Civil Veterinary Dept. North-West Frontier Province 1901-22 - 1901-1922
Year: 1901
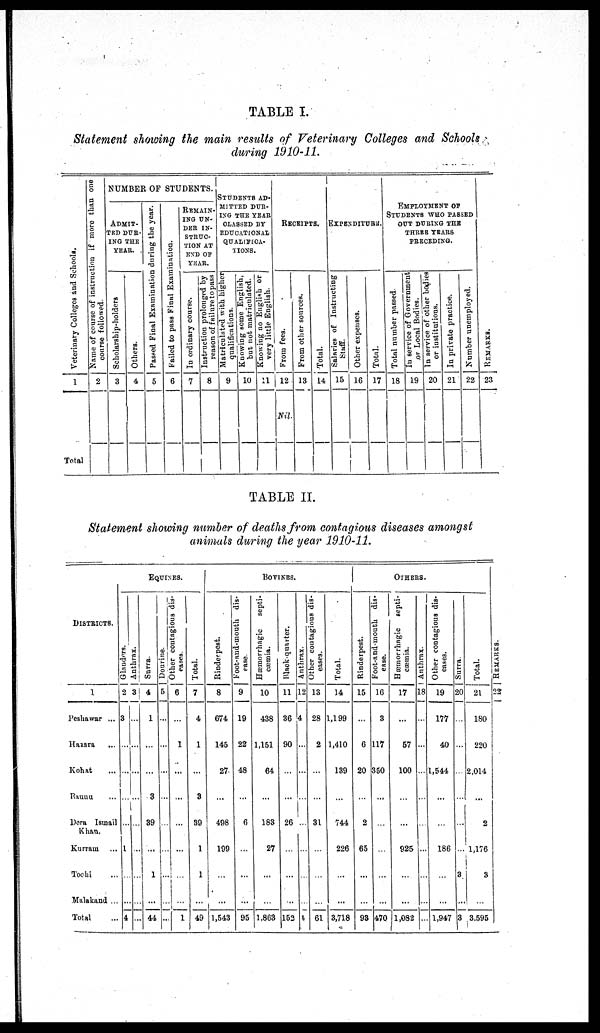
TABLE I.
Statement showing the main results of Veterinary Colleges and Schools
during 1910-11.
Veterinary Colleges and Schools.
1
Total
Name
of course of instruction if more than one
course followed.
2
NUMBER OF STUDENTS.
ADMIT-
--- DUR-
--- THE
YEAR.
Scholarship-holders
3
Others.
4
Passed Final Examination during the year.
5
Failed to pass Final Examination.
6
REMAIN-
ING UN-
DER IN-
STRUC-
TION AT
END OF
YEAR.
In ordinary course.
7
Instruction prolonged by
reason of failure to pass
8
STUDENTS AD-
------ DUR-
ING THE YEAR
CLASSED BY
EDUCATIONAL
QUALIFICA-
TIONS.
Matriculated with higher
qualifications.
9
Knowing some English,
but not matriculated.
10
Knowing no English or
very little English.
11
RECEIPTS.
From fees.
12
Nil.
From other sources.
13
Total.
14
EXPENDITURE.
Salaries of Instructing
Staff.
15
Other expenses.
16
Total.
17
EMPLOYMENT OF
STUDENTS WHO PASSED
OUT DURING THE
THREE YEARS
PRECEDING.
Total number passed
18
In service of Government
or Local Bodies.
19
In service of other bodies
or institutions.
20
In private practice.
21
Number unemployed.
22
RE MARKS .
23
TABLE II.
Statement showing number of deaths from contagious diseases amongst
animals during the year 1910-11.
DISTRICTS.
1
Peshawar ...
Hazara ...
Kohat ...
Bannu ...
Dera Ismail
Khan.
Kurram ...
Tochi ...
Malakand ...
Total ...
EQUINES..
Glanders.
2
3
...
...
...
...
1
...
...
4
Anthrax.
3
...
...
...
...
...
...
...
...
...
Surra.
4
1
...
...
3
39
...
1
...
44
Dourine.
5
...
...
...
...
...
...
...
Other contagious dis-
eases.
6
...
1
...
...
...
...
...
...
1
Total.
7
4
1
...
3
39
1
1
...
49
BOVINES.
Rinderpest.
8
674
145
27
...
498
199
...
...
1,543
Foot-and-mouth dis-
ease.
9
19
22
48
...
6
...
...
...
95
Hæmorrhagic
septi-
cæmia.
10
438
1,151
64
...
183
27
...
...
1,863
Black-quarter.
11
36
90
...
...
26
...
...
...
152
Anthrax.
12
4
...
...
...
...
...
...
4
Other contagious dis-
eases.
13
28
2
...
...
31
...
...
...
61
Total.
14
1,199
1,410
139
...
744
226
...
...
3,718
OTHERS.
Rinderpest.
15
...
6
20
...
2
65
...
...
93
Foot-and-mouth dis-
ease.
16
3
117
350
...
...
...
...
...
470
Hæmorrhagic
septi-
cæmia.
17
...
57
100
...
...
925
...
...
1,082
Anthrax.
18
...
...
...
...
...
...
...
...
...
Other contagious dis-
eases.
19
177
40
1,544
...
...
186
...
...
1,947
Surra.
20
...
...
...
...
...
...
3
...
3
Total.
21
180
220
2,014
...
2
1,176
3
...
3,595
RE MARKS .
22